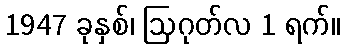
1947 ခုနှစ်၊ ဩဂုတ်လ 1 ရက်။